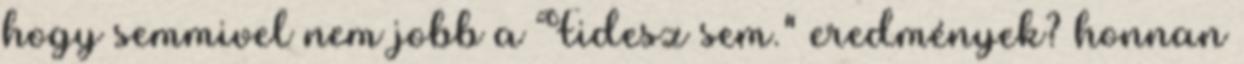
hogy semmivel nem jobb a Fidesz sem." eredmények? honnan